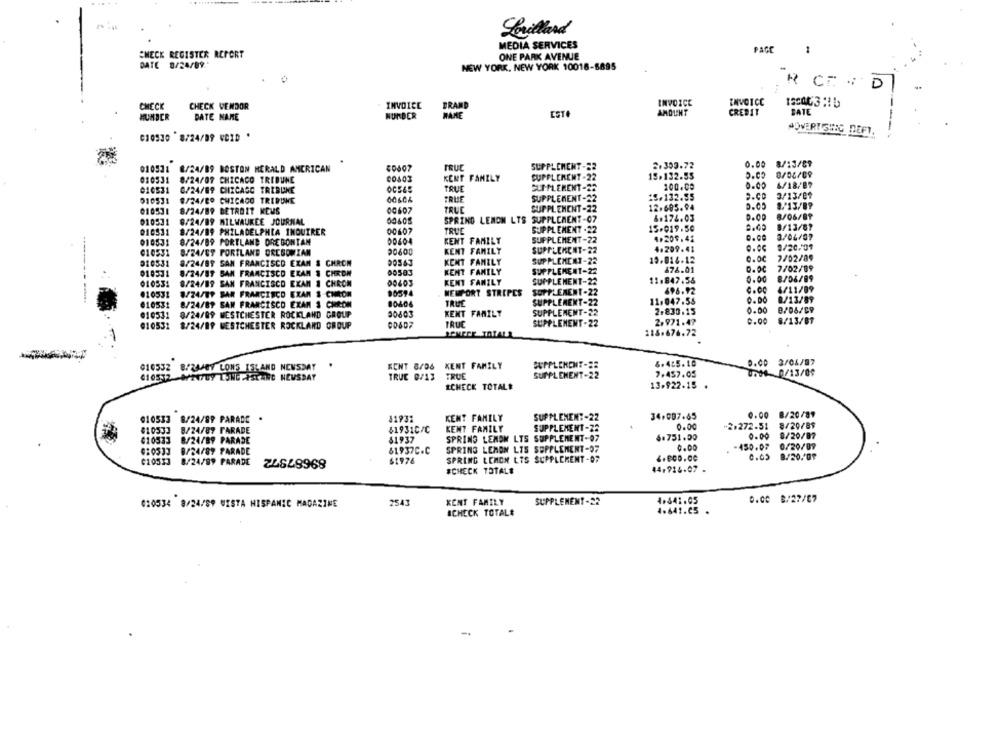
Lorillard
MEDIA SERVICES
PAGE
CHECK REGISTER REPORT
ONE PARK AVENUE
DATE 8/24/89."
NEW YORK, NEW YORK 10018-5895
R C . D
INVOICE
INVOICE
INVOICE
CHECK
CHECK VENDOR
BRAND
AMOUNT
CREDIT
BATE
HUMBER
DATE NAME
HUNDER
DAME
EST
ADVERTISWIG DEFT.
C10530 8/24/99 VOID '
0.00
8/13/09
010511
8/24/89 BOSTON HERALD AMERICAN
TRUC
SUPPLEMENT -
2.303.72
010531
8/24/09 CHICAGO TRIBUNE
00603
KENT FAMILY
SUPPLEMENT -22
15.132.55
0/06/09
100.00
0.00
6/18/87
010531
0/24/09 CHICAGO TRIBUNE
OCSE5
TRUE
SUPPLERENT-22
3/13/01
310531
8/24/BO CHICAGO TRIBUNE
00604
TRUE
SUPPLEMENT-22
15.132.55
SUPPLEMENT-22
12.605.94
8/ 13/87
010531
8/24/89 DETROIT MEMS
00607
TRUC
8/06/89
010521
8/24/89 MILWAUKEE JOURNAL
00605
SPRING LEMON LTS
SUPPLEMENT-07
&#174.03
0.00
010531
00607
TRUE
SUPPLEMENT -22
15.019.50
8/13/67
8/24/09 PHILADELPHIA INQUIRER
4.209.45
0.00
3/04/07
010531
8/24/89 PORTLAND OREGONTAN
KENT FAMILY
SUPPLEMENT-22
010531
8/24/09 PORTLAND OREGONIAN
90600
KENT FAMILY
SUPPLEMENT-22
4.209.41
9/20.01
KENT FAMILY
SUPPLEMENT-22
15.814.12
0.00
7/02/89
010531
8/24/89 SAN FRANCISCO EXAM
CHRON
476.01
7/02/09
010331
8/24/89 SAN FRANCISCO EXAM
1 CHRON
KENT FAMILY
SUPPLEMENT-22
010531
8/24/19 SAN FRANCISCO EXAM 1 CHROM
KENT FAMILY
SUPPLEMENT-22
11.847.56
0.00
8/06/89
696.92
4/11/89
010531
8/24/79 SAN FRANCISCO EXAM & CHICON
90594
NEWPORT STRIPES
SUPPLEMENT-22
010531
8/24/89 SAN FRANCISCO EXAN 3 CHRON
80606
TRUE
SUPPLEMENT-22
11.047.55
8/13/89
SUPPLEMENT-22
2.830.15
0.00
8/06/C9
010531
8/24/09 WESTCHESTER ROCKLAND GROUP
50603
KENT FAMILY
0.00
@10531
8/24/19 WESTCHESTER ROCKLAND GROUP
00607
TRUE
SUPPLEMENT-22
2.971.47
8/13/81
118.676.72
SUPPLEMENT-22
8.455.10
0.00 3/04/87
010532 8/24/09 LONS ISLAND NEWSDAY
KENT B/D& KENT FAMILY
610572 AYA47BY LONG ISLAND NEUSBAY
TRUC 0/13 TRUE
SUPPLEMENT-22
7.457.05
0604-0/13/09
CHECK TOTALE
13.922-15 ·
34.087.65
0.00 8/20/89
010533 8/24/89 PARADE
J193:
KENT FAMILY
SUPPLEMENT-22
010533
8/24/87 FARADE
$1931C/C
KENT FAMILY
SUPPLEMENT-28
0.00
-2.272-51
8/20/89
$1937
SPRING LENDN LTS SUPPLEMENT-07
6.751.00
0.00
8/20/87
010533
8/24/89 PARADE
-450.07
0/20/09
8/24/87 PARADE
89687372
61937C.C
SPRING LEMON LTS SUPPLEMENT-97
0.00
C10533
61976
SPRING LEMON LTS SUPPLEMENT-07
4.800.00
0.03 8/20./01
8/24/89 PARADE
#CHECK TOTALE
44.916-07 -
010534 8/24/89 WISTA HISPANIC MAGAZINE
2543
KENT FAMILY
SUPPLEMENT-22
4.541.05
0.00 8/27/07
SCHECK TOTAL#
4.641.65